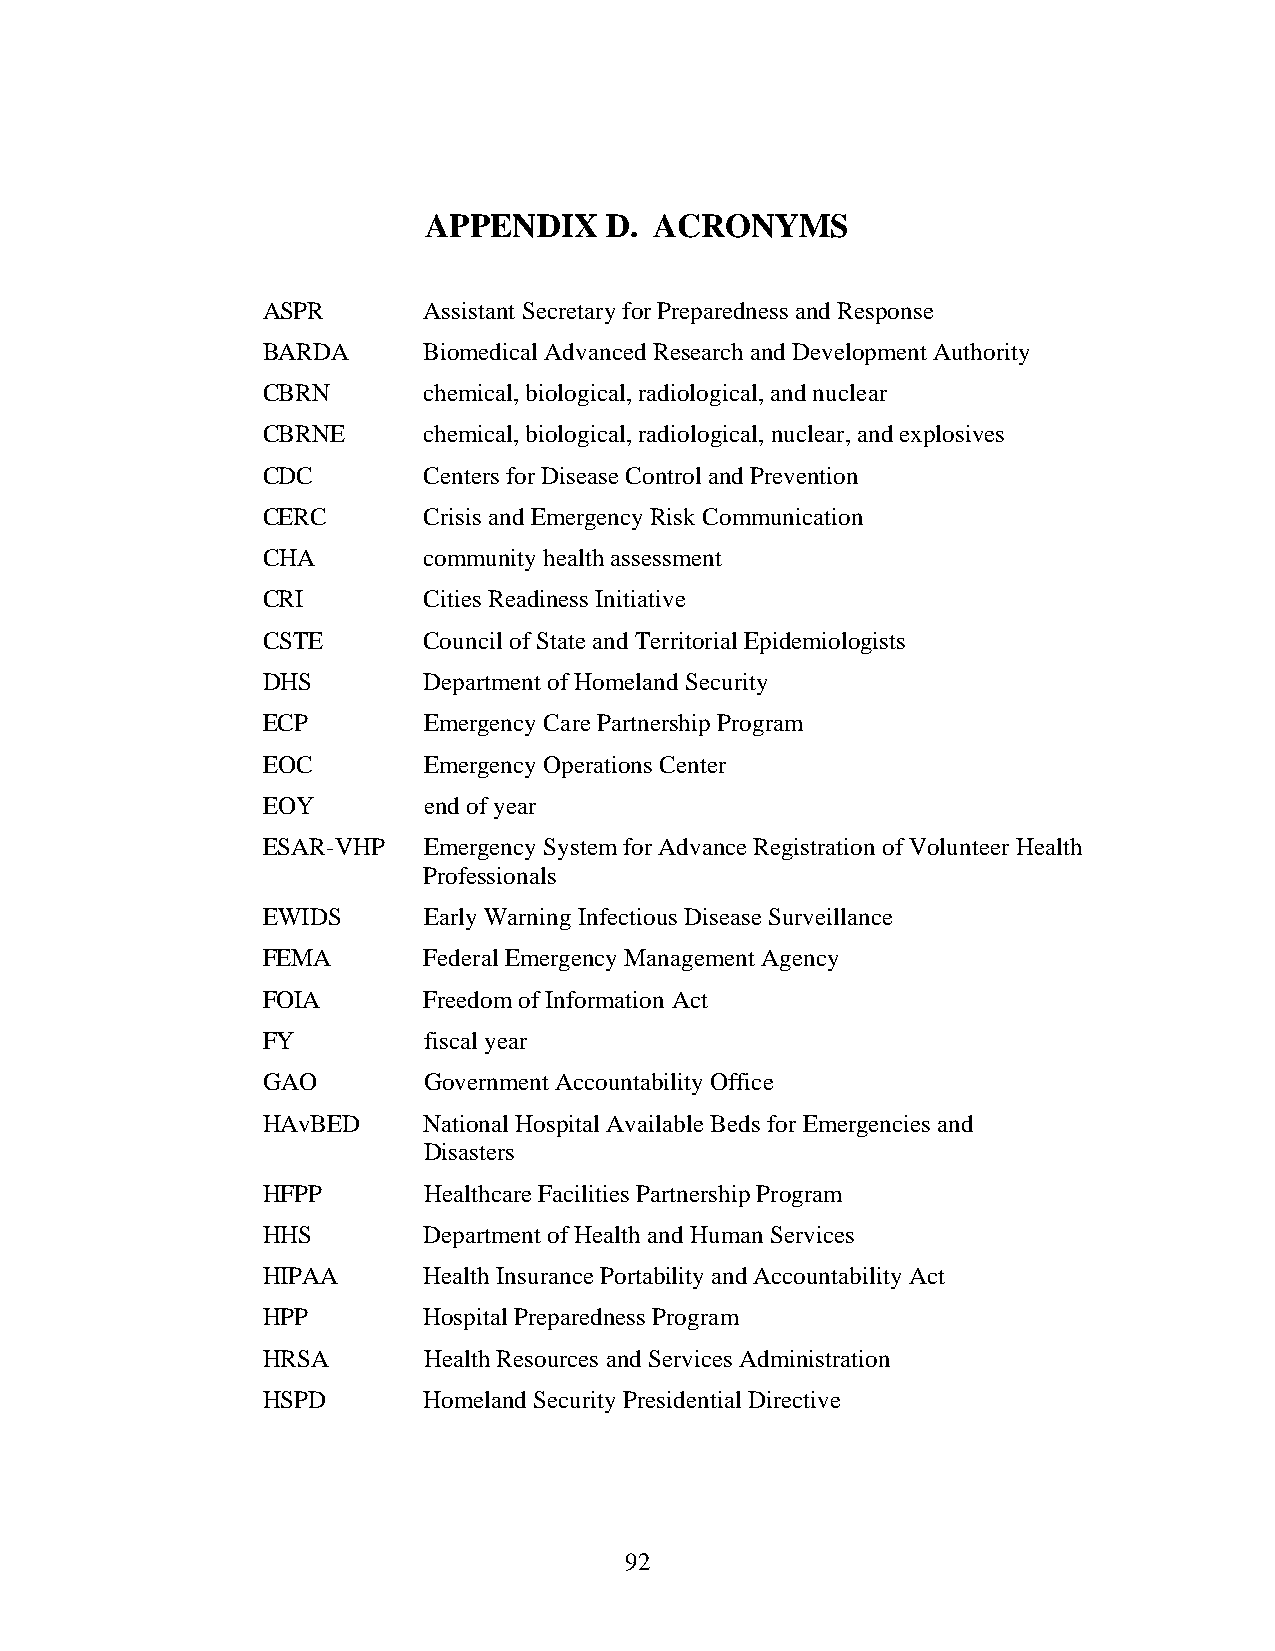
APPENDIX    D. ACRONYMS
 ASPR       Assistant Secretary for Preparedness and Response
 BARDA      Biomedical Advanced Research and Development Authority
 CBRN       chemical, biological, radiological, and nuclear
 CBRNE      chemical, biological, radiological, nuclear, and explosives
 CDC        Centers for Disease Control and Prevention
 CERC       Crisis and Emergency Risk Communication
 CHA        community health assessment
 CRI        Cities Readiness Initiative
 CSTE       Council of State and Territorial Epidemiologists
 DHS        Department of Homeland Security
 ECP        Emergency Care Partnership Program
 EOC        Emergency Operations Center
 EOY        end of year
 ESAR-VHP   Emergency System for Advance Registration of Volunteer Health
 Professionals
 EWIDS      Early Warning Infectious Disease Surveillance
 FEMA       Federal Emergency Management Agency
 FOIA       Freedom of Information Act
 FY         fiscal year
 GAO        Government Accountability Office
 HAvBED     National Hospital Available Beds for Emergencies and
 Disasters
 HFPP       Healthcare Facilities Partnership Program
 HHS        Department of Health and Human Services
 HIPAA      Health Insurance Portability and Accountability Act
 HPP        Hospital Preparedness Program
 HRSA       Health Resources and Services Administration
 HSPD       Homeland Security Presidential Directive
 92